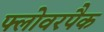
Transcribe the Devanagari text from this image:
फ्लोवरपैक